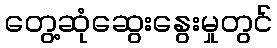
တွေ့ဆုံဆွေးနွေးမှုတွင်